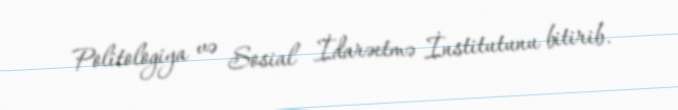
Politologiya və Sosial İdarəetmə İnstitutunu bitirib.